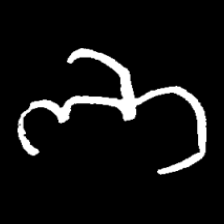
Pyu character \u2014 Myanmar letter: ဘ (romanized: bha)